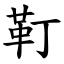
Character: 靪